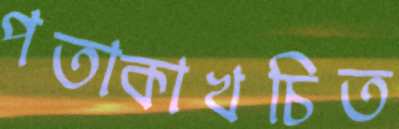
পতাকাখচিত